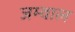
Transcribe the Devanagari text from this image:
जम्वाल